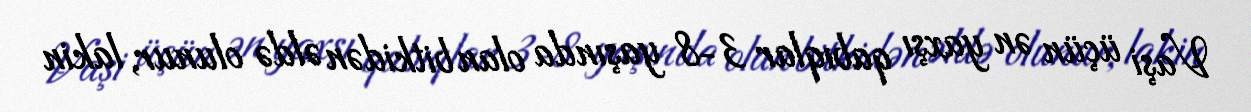
Vaşi üçün ən yaxşı qabıqlar 3-8 yaşında olan bitkidən əldə olunur, lakin